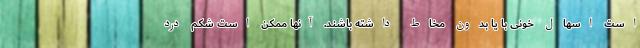
است اسهال خونی با یا بدون مخاط داشته باشند. آنها ممکن است شکم درد